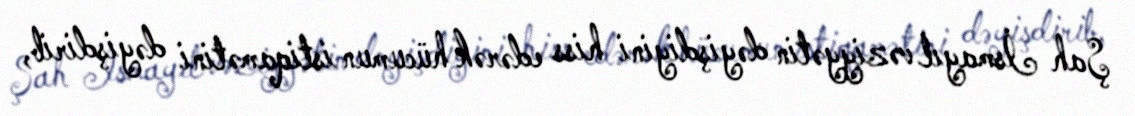
Şah İsmayıl vəziyyətin dəyişdiyini hiss edərək hücumun istiqamətini dəyişdirib,